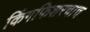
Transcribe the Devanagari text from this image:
किंगफिशरचाच